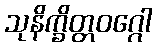
သုနိက္ခိတ္တဝဂ္ဂေါ